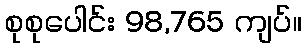
စုစုပေါင်း 98,765 ကျပ်။